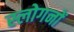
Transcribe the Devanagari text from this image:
स्लोगनों